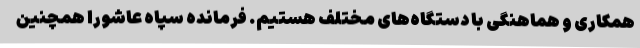
همکاری و هماهنگی با دستگاه‌های مختلف هستیم. فرمانده سپاه عاشورا همچنین